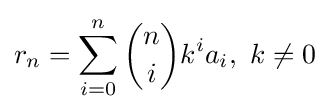
r_{n}=\sum _{i=0}^{n}{\binom {n}{i}}k^{i}a_{i},\ k\neq 0